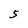
Character: 5